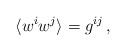
LaTeX: \begin{align*} \langle w^i w^j \rangle = g^{ij} \,,\end{align*}